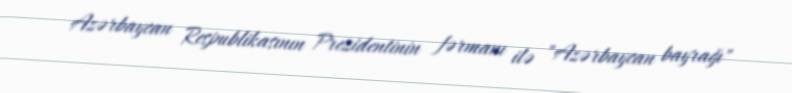
Azərbaycan Respublikasının Prezidentinin fərmanı ilə "Azərbaycan bayrağı"